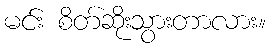
မင်း စိတ်ဆိုးသွားတာလား။